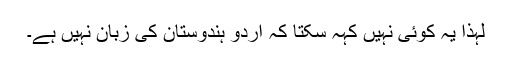
لہٰذا یہ کوئی نہیں کہہ سکتا کہ اردو ہندوستان کی زبان نہیں ہے۔